Leaving Certificate Examination, 1909
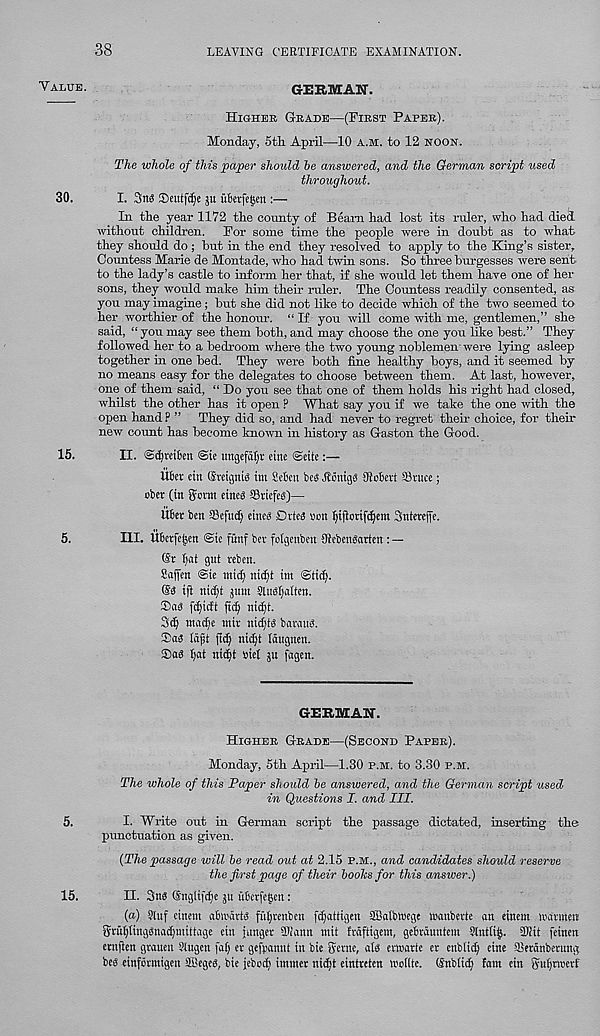
38
LEAVING CERTIFICATE EXAMINATION.
Value.
30.
15.
5.
5.
15.
G-ERMAN.
Higher Grade—(First Paper).
Monday, 5th. April—10 a.m. to 12 noon.
The whole of this paper should he answered, and the German script used
throughout.
I.
p uterfejjen :—
In the year 1172 the comity of Beam had lost its ruler, who had diecl
without children. For some time the people were in doubt as to what
they should do ; but in the end they resolved to apply to the King’s sister.
Countess Marie de Montade, who had twin sons. So three burgesses were sent
to the lady’s castle to inform her that, if she would let them have one of her
sons, they would make him their ruler. The Countess readily consented, as.
you may imagine; but she did not like to decide which of the two seemed to
her worthier of the honour. “ If you will come with me, gentlemen,” she
said, “ you may see them both, and may choose the one you like best.” They
followed her to a bedroom where the two young noblemen were lying asleep
together in one bed. They were both fine healthy boys, and it seemed by
no means easy for the delegates to choose between them. At last, however,
one of them said, “ Do you see that one of them holds his right had closed,
whilst the other has it open P What say you if we take the one with the
open hand P ” They did so, and had never to regret their choice, for their
new count has become known in history as Gaston the Good.
II. Scfyreiten @ie ungefd(;r cine ©cite:—
liter cin ©veignis tm Serin be« Hmtigb {Robert Sruce;
obet (in Sown eineg Sriefeg)—
liber ben SSefud) eineg Dries Don l)iflorifd)em Sntereffe.
III. Ubetfe|en @te funf ber folgenben DlebenSarten : —
@r (wt gut reben.
Sajfen @ie mid; nid;t int ©tid).
@S tjl nid;t gum Slusljatten.
Sets fd;icft fid; nidjt.
3d) ntad)e mir nid;ts barems.
Sets (aft fid) nid)t Kugnen.
Sas I;at md)t Diet gn fagen.
GERMAN.
Higher Grade—(Second Paper).
Monday, 5th April—1.30 p.m. to 3.30 p.m.
The whole of this Paper should he answered, and the German script used
in Questions I. and III.
I. Write out in German script the passage dictated, inserting the
punctuation as given.
(The passage will he read out at 2.15 P.M., and candidates should reserve
the first page of their hooks for this answer.)
H. 3n« (Snglifdje p uberfe^eu:
(a) Stuf einetn abnxirts ftit;renben fd)attigen SBalbwege wanberte an eincm toarmen
Sruljlinggnadjiuittage cin junger SKann mit frdftigem, gebrduntem ?Int(i£. SDiit feinen
ernflen graueu Stugen fat; er gefpannt in bie gerue, ats ermarte er enbtii^ cine aietanberuug
bes einformigen SBegeS, bie jebod) immer ni^t eintreten trotlte. ©nbtii^ fam ein guijnoerf